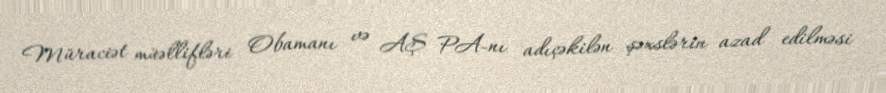
Müraciət müəllifləri Obamanı və AŞ PA-nı adıçəkilən şəxslərin azad edilməsi